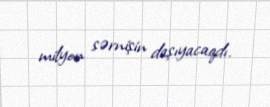
milyon sərnişin daşıyacaqdı.